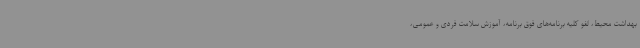
بهداشت محیط، لغو کلیه برنامه‌های فوق برنامه، آموزش سلامت فردی و عمومی،